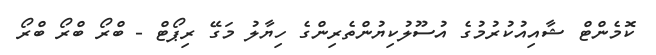
ކޮމެންޓް ޝާއިއުކުރުމުގެ އުސޫލުކިޔުންތެރިންގެ ހިޔާލު މަގޭ ރިޕޯޓް - ބްރޯ ބްރޯ ބްރޯ